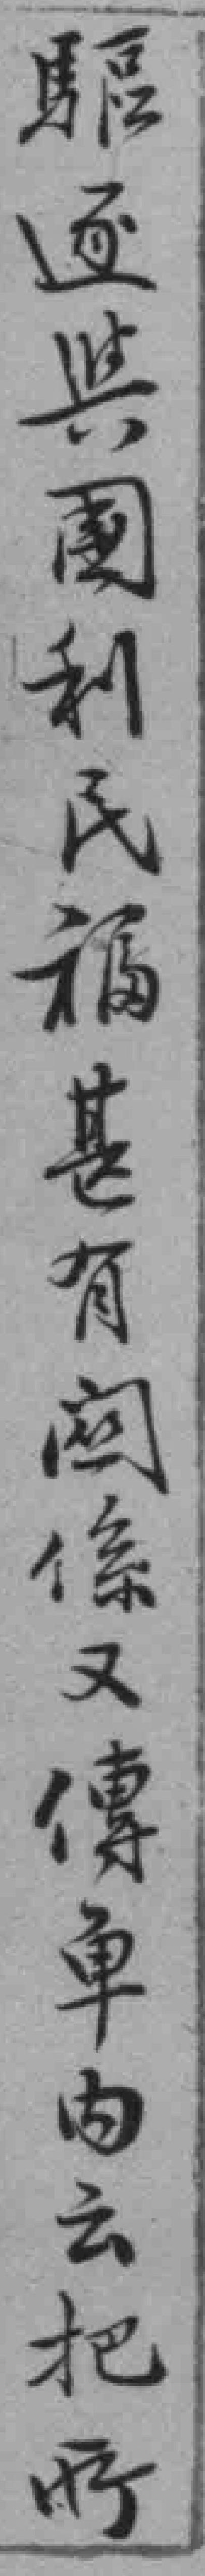
驅逐興國利民福甚有關係又傳单内云把所